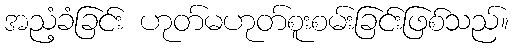
အညံ့ခံခြင်း ဟုတ်မဟုတ်စူးစမ်းခြင်းဖြစ်သည်။